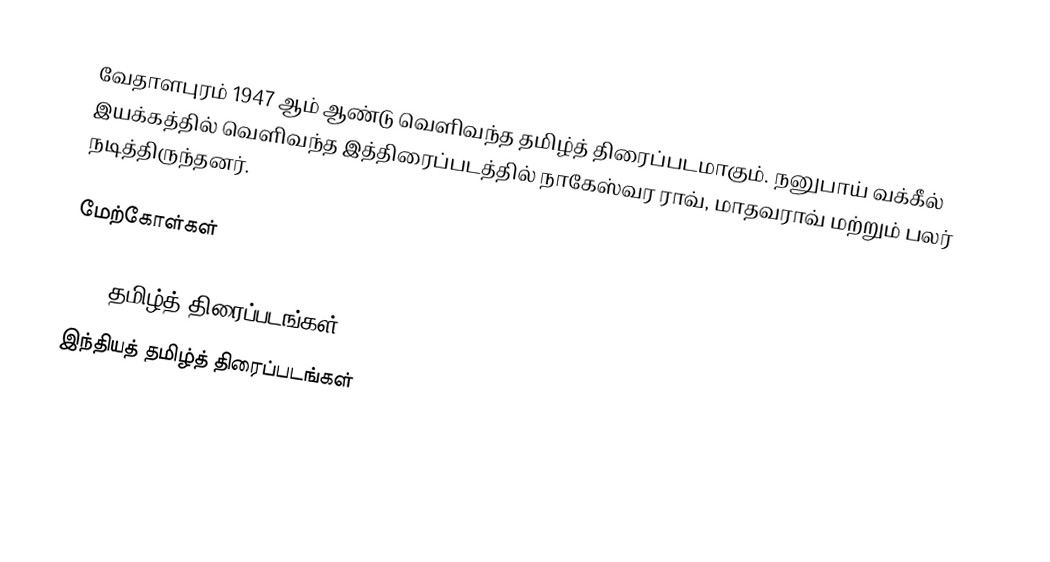
வேதாளபுரம் 1947 ஆம் ஆண்டு வெளிவந்த தமிழ்த் திரைப்படமாகும். நனுபாய் வக்கீல் இயக்கத்தில் வெளிவந்த இத்திரைப்படத்தில் நாகேஸ்வர ராவ், மாதவராவ் மற்றும் பலர் நடித்திருந்தனர்.

மேற்கோள்கள்

1947 தமிழ்த் திரைப்படங்கள்
இந்தியத் தமிழ்த் திரைப்படங்கள்